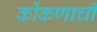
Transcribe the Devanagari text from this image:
कोंकणाची